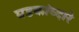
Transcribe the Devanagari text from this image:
घडकांव्दारे